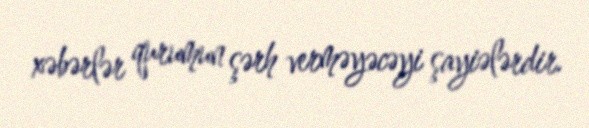
xəbərlər qurumun şərh verməyəcəyi şayiələrdir.